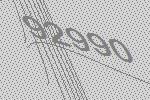
92990